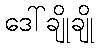
ဒေါ်ချိုချို